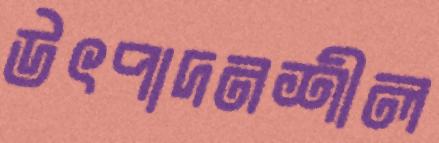
উৎপাদনশীল